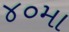
૪૦મા